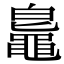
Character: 𪓨